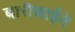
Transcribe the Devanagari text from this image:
बारीकाईने